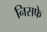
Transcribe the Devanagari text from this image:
निसफे